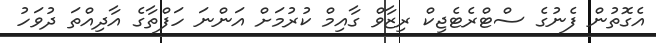
އެގޮތުން ފެނުގެ ސްޓްރެޓެޖިކް ރިޒާވް ގާއިމް ކުރުމަށް އަންނަ ހަފްތާގެ އާދިއްތަ ދުވަހު